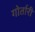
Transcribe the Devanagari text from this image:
गोर्तारी